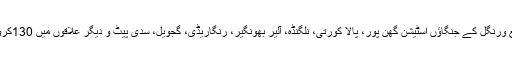
تلنگانہ میں ایچ ایم ڈبلیو ایس اسکیم کے تحت ضلع ورنگل کے جنگاؤں اسٹیشن گھن پور، پالا کورتی، نلگنڈہ، آلیر بھونگیر، رنگاریڈی، گجویل، سدی پیٹ و دیگر علاقوں میں 130کروڑ سے کاکتیہ تالابوں کی مرمت کی جائے گی۔